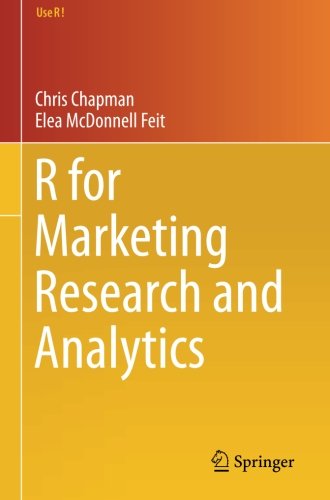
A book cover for R for Marketing Research and Analytics (Use R!); Christopher N. Chapman; Computers & Technology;